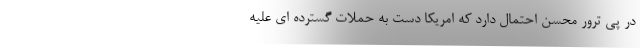
در پی ترور محسن احتمال دارد که امریکا دست به حملات گسترده ای علیه